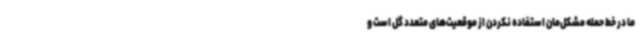
ما در خط حمله مشکل‌مان استفاده نکردن از موقعیت‌های متعدد گل است و